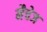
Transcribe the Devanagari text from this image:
मैचेज